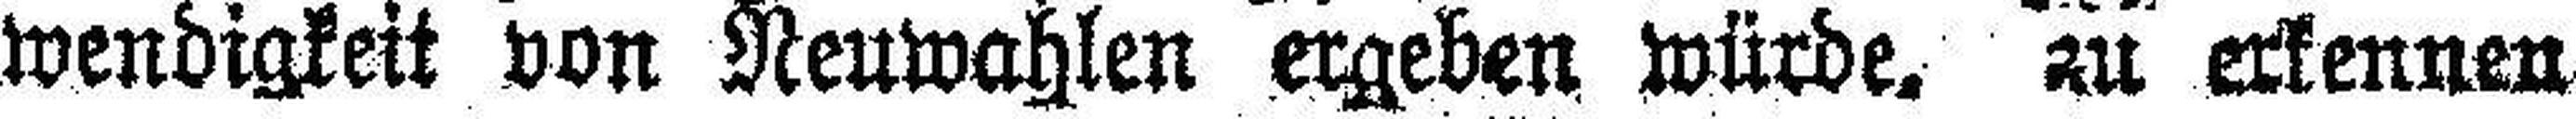
wendigkeit von Neuwahlen ergeben würde, zu erkennen